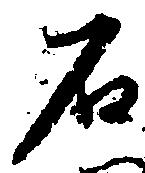
石